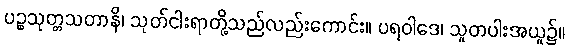
ပဉ္စသုတ္တသတာနိ၊ သုတ်ငါးရာတို့သည်လည်းကောင်း။ ပရဝါဒေ၊ သူတပါးအယူ၌။